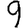
Digit: 9